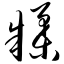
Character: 糅